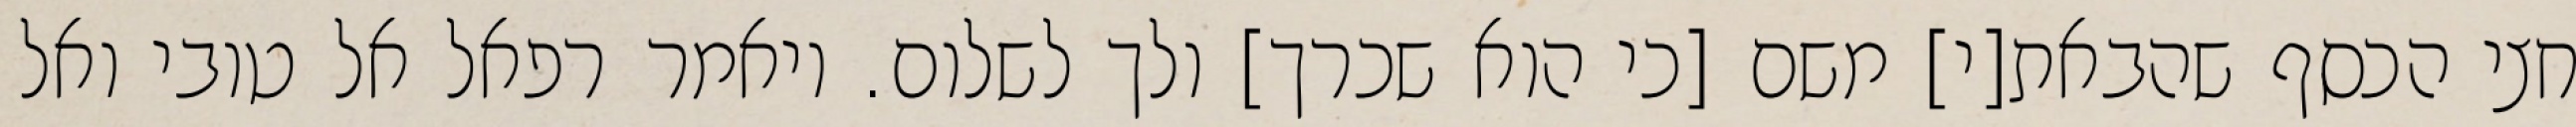
חצי הכסף שהבאת[י] משם [כי הוא שכרך] ולך לשלום. ויאמר רפאל אל טובי ואל